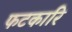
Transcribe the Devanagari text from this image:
फटकारि